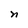
Character: n